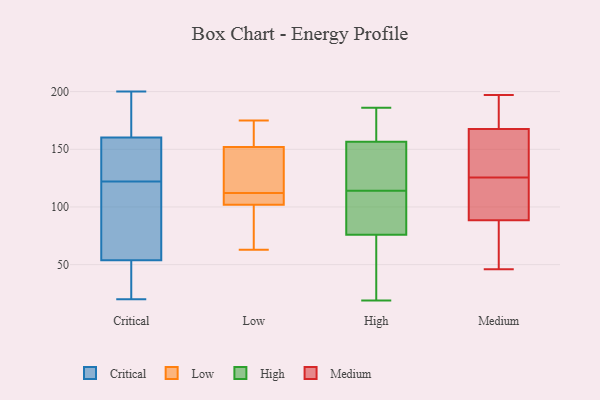
{"axis": {"x": "Inventory Turnover", "y": "Value"}, "legend": ["Critical", "High", "Low", "Medium"], "data": [{"x": "", "y": 200, "type": "Critical"}, {"x": "", "y": 165, "type": "Critical"}, {"x": "", "y": 122, "type": "Critical"}, {"x": "", "y": 40, "type": "Critical"}, {"x": "", "y": 161, "type": "Critical"}, {"x": "", "y": 182, "type": "Critical"}, {"x": "", "y": 56, "type": "Critical"}, {"x": "", "y": 136, "type": "Critical"}, {"x": "", "y": 109, "type": "Critical"}, {"x": "", "y": 20, "type": "Critical"}, {"x": "", "y": 53, "type": "Critical"}, {"x": "", "y": 30, "type": "Critical"}, {"x": "", "y": 157, "type": "Critical"}, {"x": "", "y": 158, "type": "Critical"}, {"x": "", "y": 118, "type": "Critical"}, {"x": "", "y": 105, "type": "Low"}, {"x": "", "y": 175, "type": "Low"}, {"x": "", "y": 112, "type": "Low"}, {"x": "", "y": 109, "type": "Low"}, {"x": "", "y": 84, "type": "Low"}, {"x": "", "y": 130, "type": "Low"}, {"x": "", "y": 159, "type": "Low"}, {"x": "", "y": 146, "type": "Low"}, {"x": "", "y": 101, "type": "Low"}, {"x": "", "y": 63, "type": "Low"}, {"x": "", "y": 154, "type": "Low"}, {"x": "", "y": 116, "type": "High"}, {"x": "", "y": 186, "type": "High"}, {"x": "", "y": 174, "type": "High"}, {"x": "", "y": 29, "type": "High"}, {"x": "", "y": 112, "type": "High"}, {"x": "", "y": 138, "type": "High"}, {"x": "", "y": 167, "type": "High"}, {"x": "", "y": 19, "type": "High"}, {"x": "", "y": 146, "type": "High"}, {"x": "", "y": 112, "type": "High"}, {"x": "", "y": 73, "type": "High"}, {"x": "", "y": 79, "type": "High"}, {"x": "", "y": 88, "type": "Medium"}, {"x": "", "y": 99, "type": "Medium"}, {"x": "", "y": 89, "type": "Medium"}, {"x": "", "y": 134, "type": "Medium"}, {"x": "", "y": 166, "type": "Medium"}, {"x": "", "y": 169, "type": "Medium"}, {"x": "", "y": 197, "type": "Medium"}, {"x": "", "y": 83, "type": "Medium"}, {"x": "", "y": 186, "type": "Medium"}, {"x": "", "y": 46, "type": "Medium"}, {"x": "", "y": 117, "type": "Medium"}, {"x": "", "y": 153, "type": "Medium"}]}